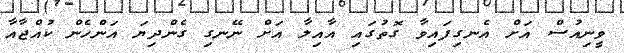
ވީނިއުސް އަށް އެނގިފައިވާ ގޮތުގައި އާއިލާ އަށް ނޭނގި ގެންދިޔަ އަންހެން ކުއްޖާއާ